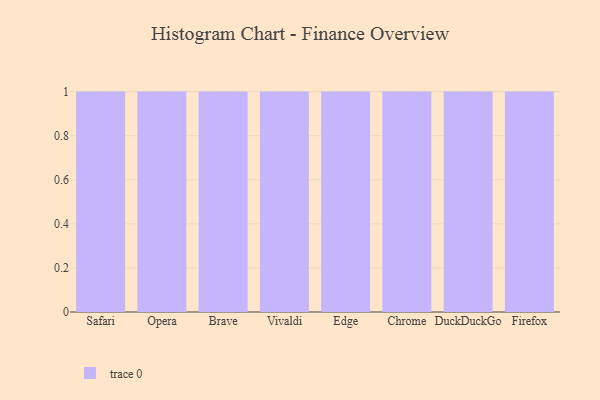
{"axis": {"x": "Browser", "y": "Satisfaction Score"}, "legend": [""], "data": [{"x": "Safari", "y": 46, "type": ""}, {"x": "Opera", "y": 50, "type": ""}, {"x": "Brave", "y": 26, "type": ""}, {"x": "Vivaldi", "y": 52, "type": ""}, {"x": "Edge", "y": 43, "type": ""}, {"x": "Chrome", "y": 4, "type": ""}, {"x": "DuckDuckGo", "y": 13, "type": ""}, {"x": "Firefox", "y": 31, "type": ""}]}